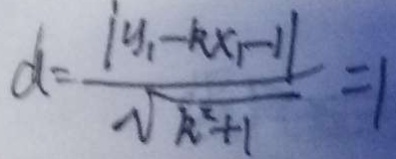
d = \frac { \vert y _ { 1 } - k x _ { 1 } - 1 \vert } { \sqrt { k ^ { 2 } + 1 } } = 1